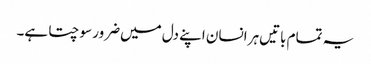
یہ تمام باتیں‌ہر انسان اپنے دل میں‌ضرور سوچتا ہے۔